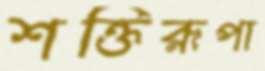
শক্তিরূপা